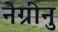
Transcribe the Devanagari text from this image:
नेग्रीनु